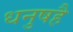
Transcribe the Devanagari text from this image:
धनुषहै